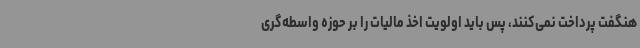
هنگفت پرداخت نمی‌کنند، پس باید اولویت اخذ مالیات را بر حوزه واسطه‌گری